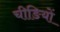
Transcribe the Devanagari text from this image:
चीङियों